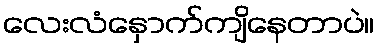
လေးလံနှောက်ကျိနေတာပဲ။